Document type: Grant
Year: 1445
Scribe: Antoni Gomar
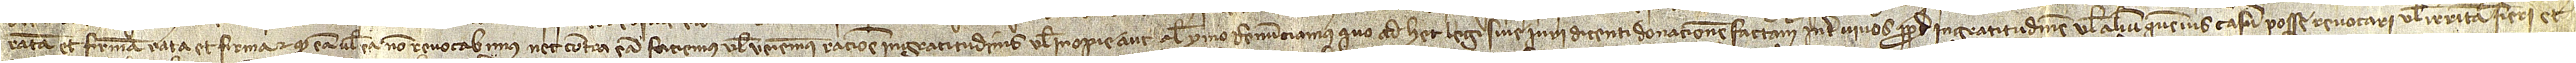
ratam et firmam, rata et firma et quod eam vel ea non revocabimus nec contra eam faciemus vel veniemus ratione ingratitudinis vel inopie aut aliorum, ymo renunciamus quo ad hec legi sive iuri dicenti donacionem factam inter vivos propter ingratitudinem vel alium quemvis casum posse revocari vel irritam fieri, et